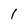
Character: I